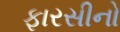
ફારસીનો